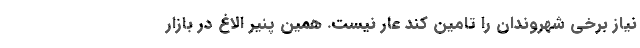
نیاز برخی شهروندان را تامین کند عار نیست. همین پنیر الاغ در بازار